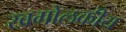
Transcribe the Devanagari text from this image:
खगोलकीय